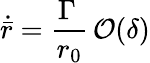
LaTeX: \dot{\bar{r}}=\frac{\Gamma\, }{r_{0}}\, \mathcal{O}(\delta)